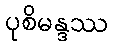
ပုစိမန္ဒဿ